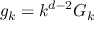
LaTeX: g _ { k } = k ^ { d - 2 } G _ { k }